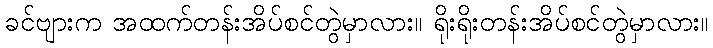
ခင်ဗျားက အထက်တန်းအိပ်စင်တွဲမှာလား။ ရိုးရိုးတန်းအိပ်စင်တွဲမှာလား။